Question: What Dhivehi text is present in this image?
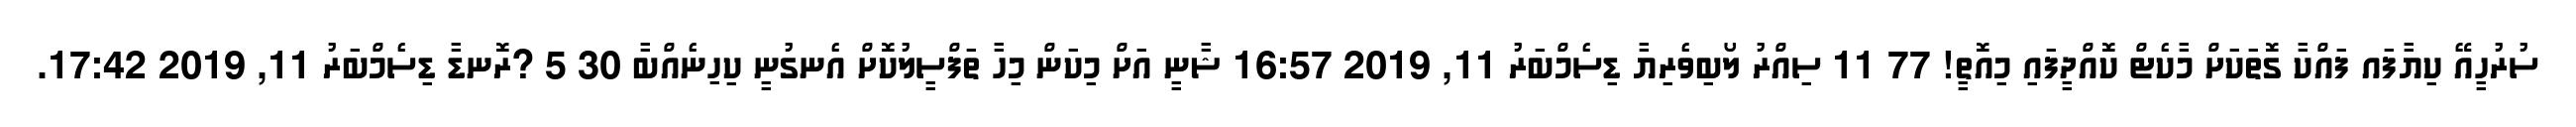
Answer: ސުރުހީއޭ ކިޔާފައ ފައްކާ ގޮތަކަށް މާކެޓް ކޮއްދީފައި މިއޮތީ! 77 11 ސިއްރު ލޯބިވެރިޔާ ޑިސެމްބަރު 11, 2019 16:57 ޝާނީ އަށް މިކަން މިހާ ތަފްސީލުކޮށް އެނގުނީ ކިހިނެއްބާ 30 5 ?ރޮނޑާ ޑިސެމްބަރު 11, 2019 17:42.